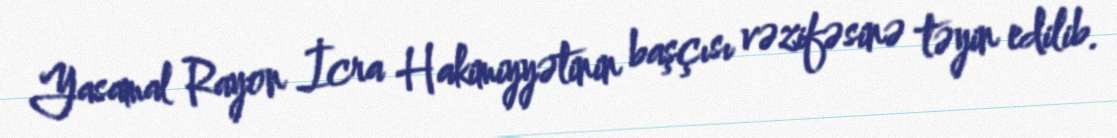
Yasamal Rayon İcra Hakimiyyətinin başçısı vəzifəsinə təyin edilib.